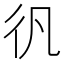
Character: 𱝬